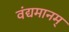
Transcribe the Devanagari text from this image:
वंद्यमानम्